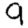
Digit: 9